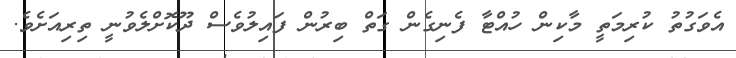
އެވަގުތު ކުރިމަތީ މާކިން ހުއްޓާ ފެނިގެން ގަތް ބިރުން ފައިލުވެސް ދޫކޮށްލެވުނީ ތިރިއަށެވެ.